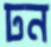
ঢন